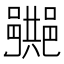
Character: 𨞠